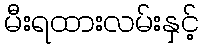
မီးရထားလမ်းနှင့်